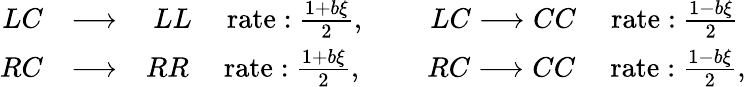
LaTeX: \begin{array}{rlr}{LC}&{\longrightarrow}&{LL\quad\mathrm{\ rate:}\ \frac{1+b\xi}{2},\qquad\ LC\longrightarrow CC\quad\mathrm{\ rate:}\ \frac{1-b\xi}{2}\ }\\ {RC}&{\longrightarrow}&{RR\quad\mathrm{\ rate:}\ \frac{1+b\xi}{2},\qquad\ RC\longrightarrow CC\quad\mathrm{\ rate:}\ \frac{1-b\xi}{2},}\end{array}